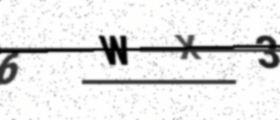
Text: 6WX3